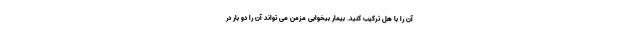
آن را با هل ترکیب کنید. بیمار بیخوابی مزمن می تواند آن را دو بار در